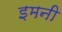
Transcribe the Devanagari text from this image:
इमनी